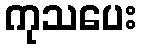
ကုသပေး